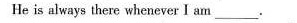
He is always there whenever I am ___.